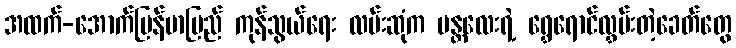
အထက်-အောက်မြန်မာပြည် ကုန်သွယ်ရေး လမ်းဆုံက မန္တလေးရဲ့ ရွှေရောင်လွှမ်းတဲ့ခေတ်တွေ